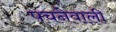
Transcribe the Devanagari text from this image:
पचनेवाली